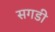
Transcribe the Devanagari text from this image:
सगडी